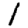
Digit: 1